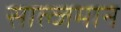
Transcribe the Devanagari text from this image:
साल्जमान